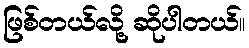
ဖြစ်တယ်လို့ ဆိုပါတယ်။